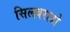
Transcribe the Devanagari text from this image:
सिलवराडो